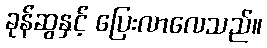
ခုန်ဆွနှင့် ပြေးလာလေသည်။